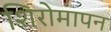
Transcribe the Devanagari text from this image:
शिरोमापन